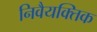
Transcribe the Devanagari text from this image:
निवैयक्तिक